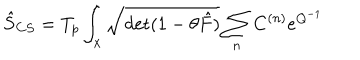
LaTeX: \hat { S } _ { C S } = T _ { p } \int _ { x } { \sqrt { \mathrm { d e t } ( 1 - \theta \hat { F } ) } } \sum _ { n } C ^ { ( n ) } e ^ { Q ^ { - 1 } }